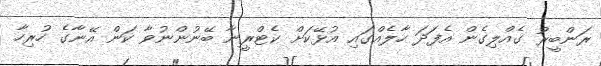
ރަންބީރު ގެއްލިގެން އެފަދަ ހާލެއްގައި އުޅޭކަށް ކެޓްރީނާ ބޭނުންނުވާ ކަން އޭނާގެ ހުރިހާ